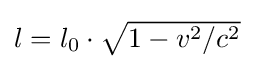
{\textstyle l=l_{0}\cdot {\sqrt {1-v^{2}/c^{2}}}}